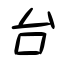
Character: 台